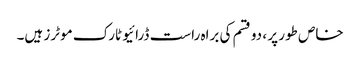
خاص طور پر ، دو قسم کی براہ راست ڈرائیو ٹارک موٹرز ہیں۔